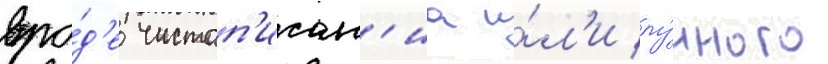
вро́д'е чистоп'исан'иа и́л'и лу́нного